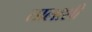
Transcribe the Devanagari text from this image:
तालाशी